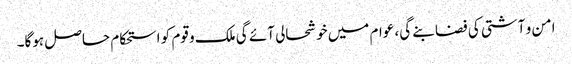
امن و آشتی کی فضا بنے گی، عوام میں خوشحالی آئے گی ملک و قوم کو استحکام حاصل ہوگا۔